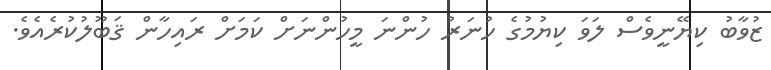
ޒުވާބު ކިޔޭނީވެސް ލަވަ ކިޔުމުގެ ހުނަރު ހުންނަ މީހުންނަށް ކަމަށް ރައިހާން ޤަބޫލުކުރެއެވެ.